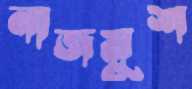
নাজমুশ